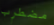
مضطرب